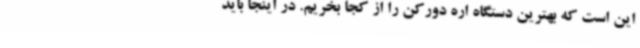
این است که بهترین دستگاه اره دورکن را از کجا بخریم. در اینجا باید